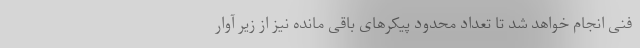
فنی انجام خواهد شد تا تعداد محدود پیکرهای باقی مانده نیز از زیر آوار